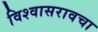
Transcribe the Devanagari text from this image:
विश्वासरावचा